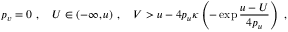
p _ { v } = 0 \ , \quad U \in ( - \infty , u ) \ , \quad V > u - 4 p _ { u } \kappa \left( - \exp \frac { u - U } { 4 p _ { u } } \right) \ ,